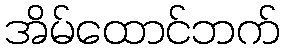
အိမ်ထောင်ဘက်